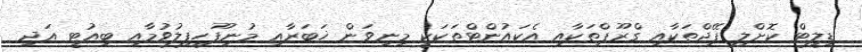
ޑިލީޓް ކޮށްލި ޕޭޖްތަކާއި ގްރޫޕްތަކާއި އެކައުންޓްތަކަކީ މިނިވަން ޚަބަރާއި މުނިފޫހިފިލުވުމާއި ބިއުޓީ އަދި